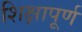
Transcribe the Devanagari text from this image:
शिक्षापूर्ण